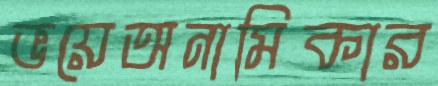
ভয়েঅনামিকার